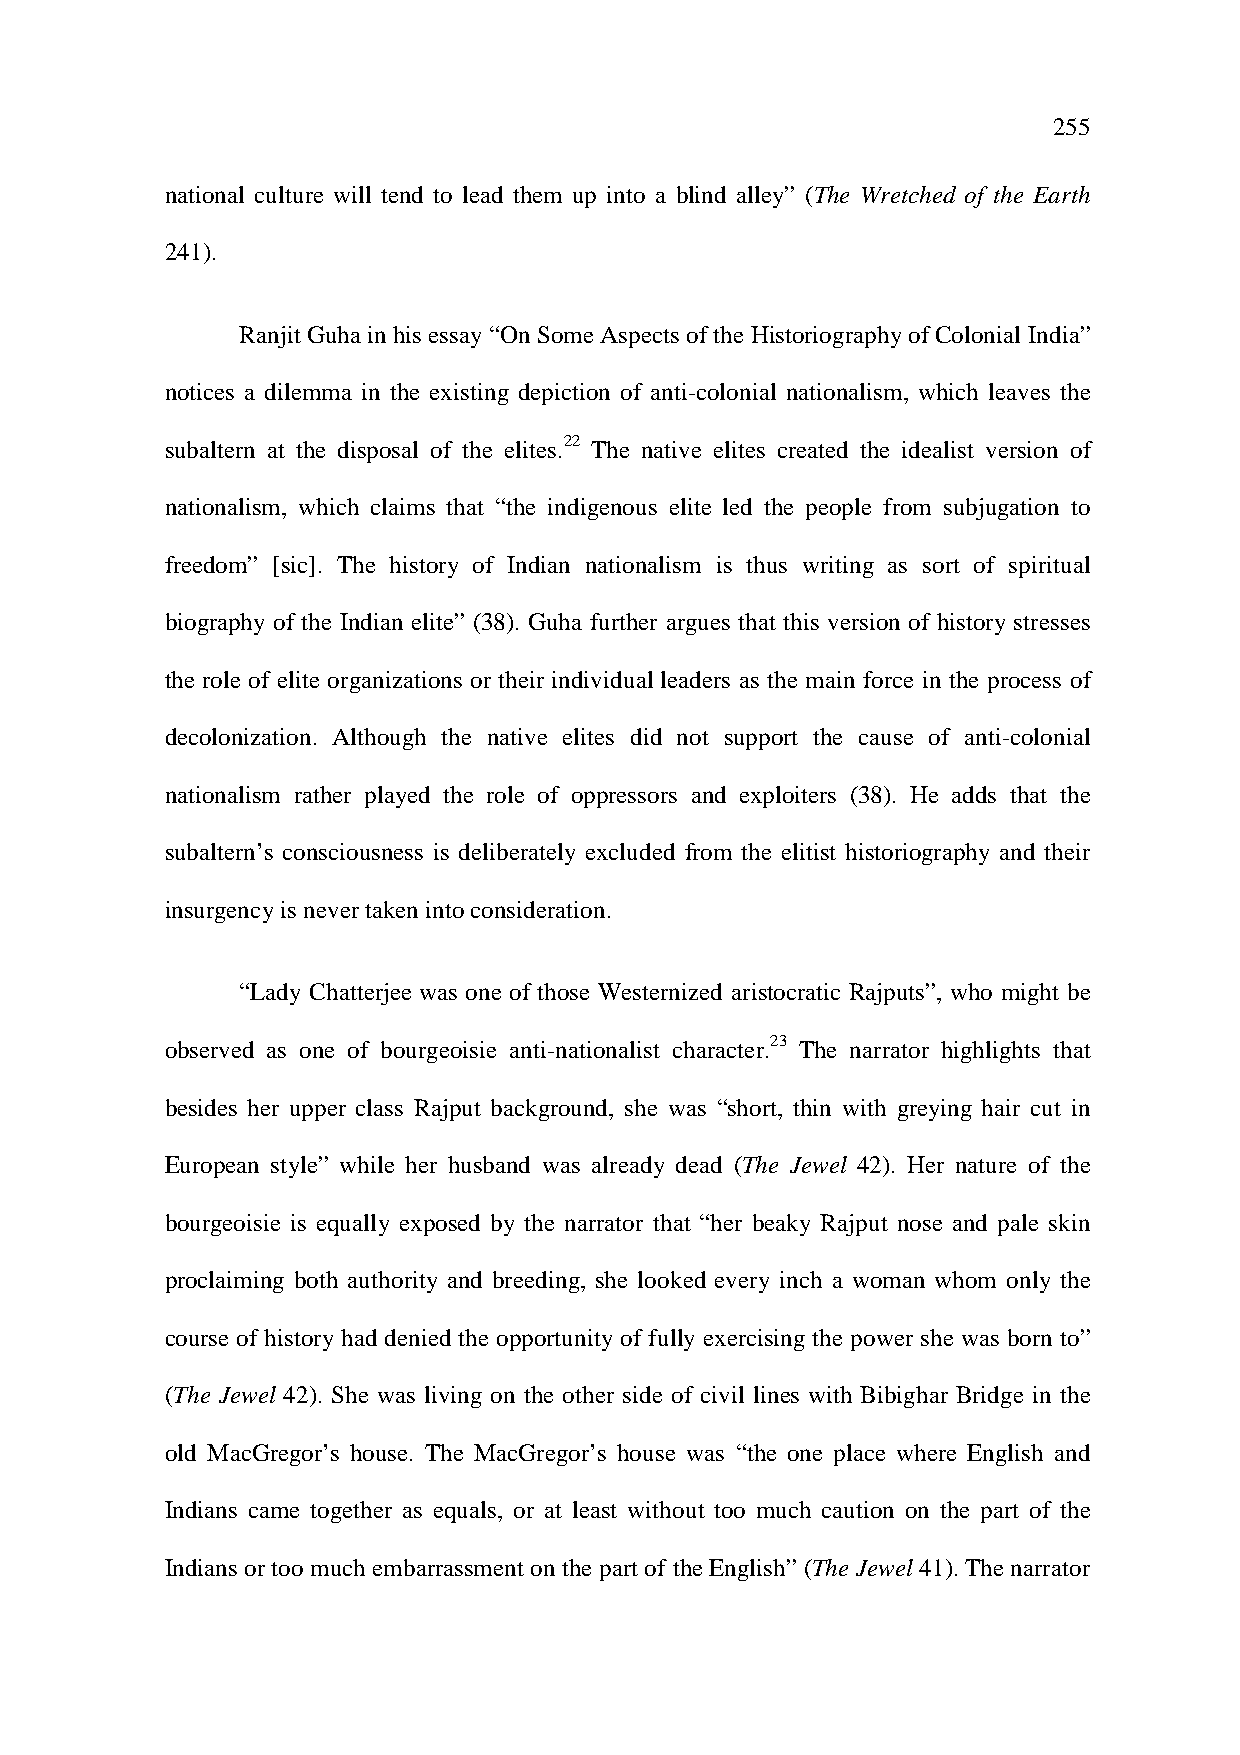
255
 national culture will tend to lead them up into a blind alley” (The Wretched of the Earth
 241).
 Ranjit Guha in his essay “On Some Aspects of the Historiography of Colonial India”
 notices a dilemma in the existing depiction of anti-colonial nationalism, which leaves the
 subaltern at the disposal of the elites.22 The native elites created the idealist version of
 nationalism, which claims that “the indigenous elite led the people from subjugation to
 freedom” [sic]. The history of Indian nationalism is thus writing as sort of spiritual
 biography of the Indian elite” (38). Guha further argues that this version of history stresses
 the role of elite organizations or their individual leaders as the main force in the process of
 decolonization. Although the native elites did not support the cause of anti-colonial
 nationalism rather played the role of oppressors and exploiters (38). He adds that the
 subaltern’s consciousness is deliberately excluded from the elitist historiography and their
 insurgency is never taken into consideration.
 “Lady Chatterjee was one of those Westernized aristocratic Rajputs”, who might be
 observed as one of bourgeoisie anti-nationalist character.23 The narrator highlights that
 besides her upper class Rajput background, she was “short, thin with greying hair cut in
 European style” while her husband was already dead (The Jewel 42). Her nature of the
 bourgeoisie is equally exposed by the narrator that “her beaky Rajput nose and pale skin
 proclaiming both authority and breeding, she looked every inch a woman whom only the
 course of history had denied the opportunity of fully exercising the power she was born to”
 (The Jewel 42). She was living on the other side of civil lines with Bibighar Bridge in the
 old MacGregor’s house. The MacGregor’s house was “the one place where English and
 Indians came together as equals, or at least without too much caution on the part of the
 Indians or too much embarrassment on the part of the English” (The Jewel 41). The narrator